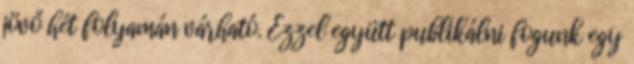
jövő hét folyamán várható. Ezzel együtt publikálni fogunk egy